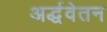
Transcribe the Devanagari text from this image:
अर्द्धवेतन